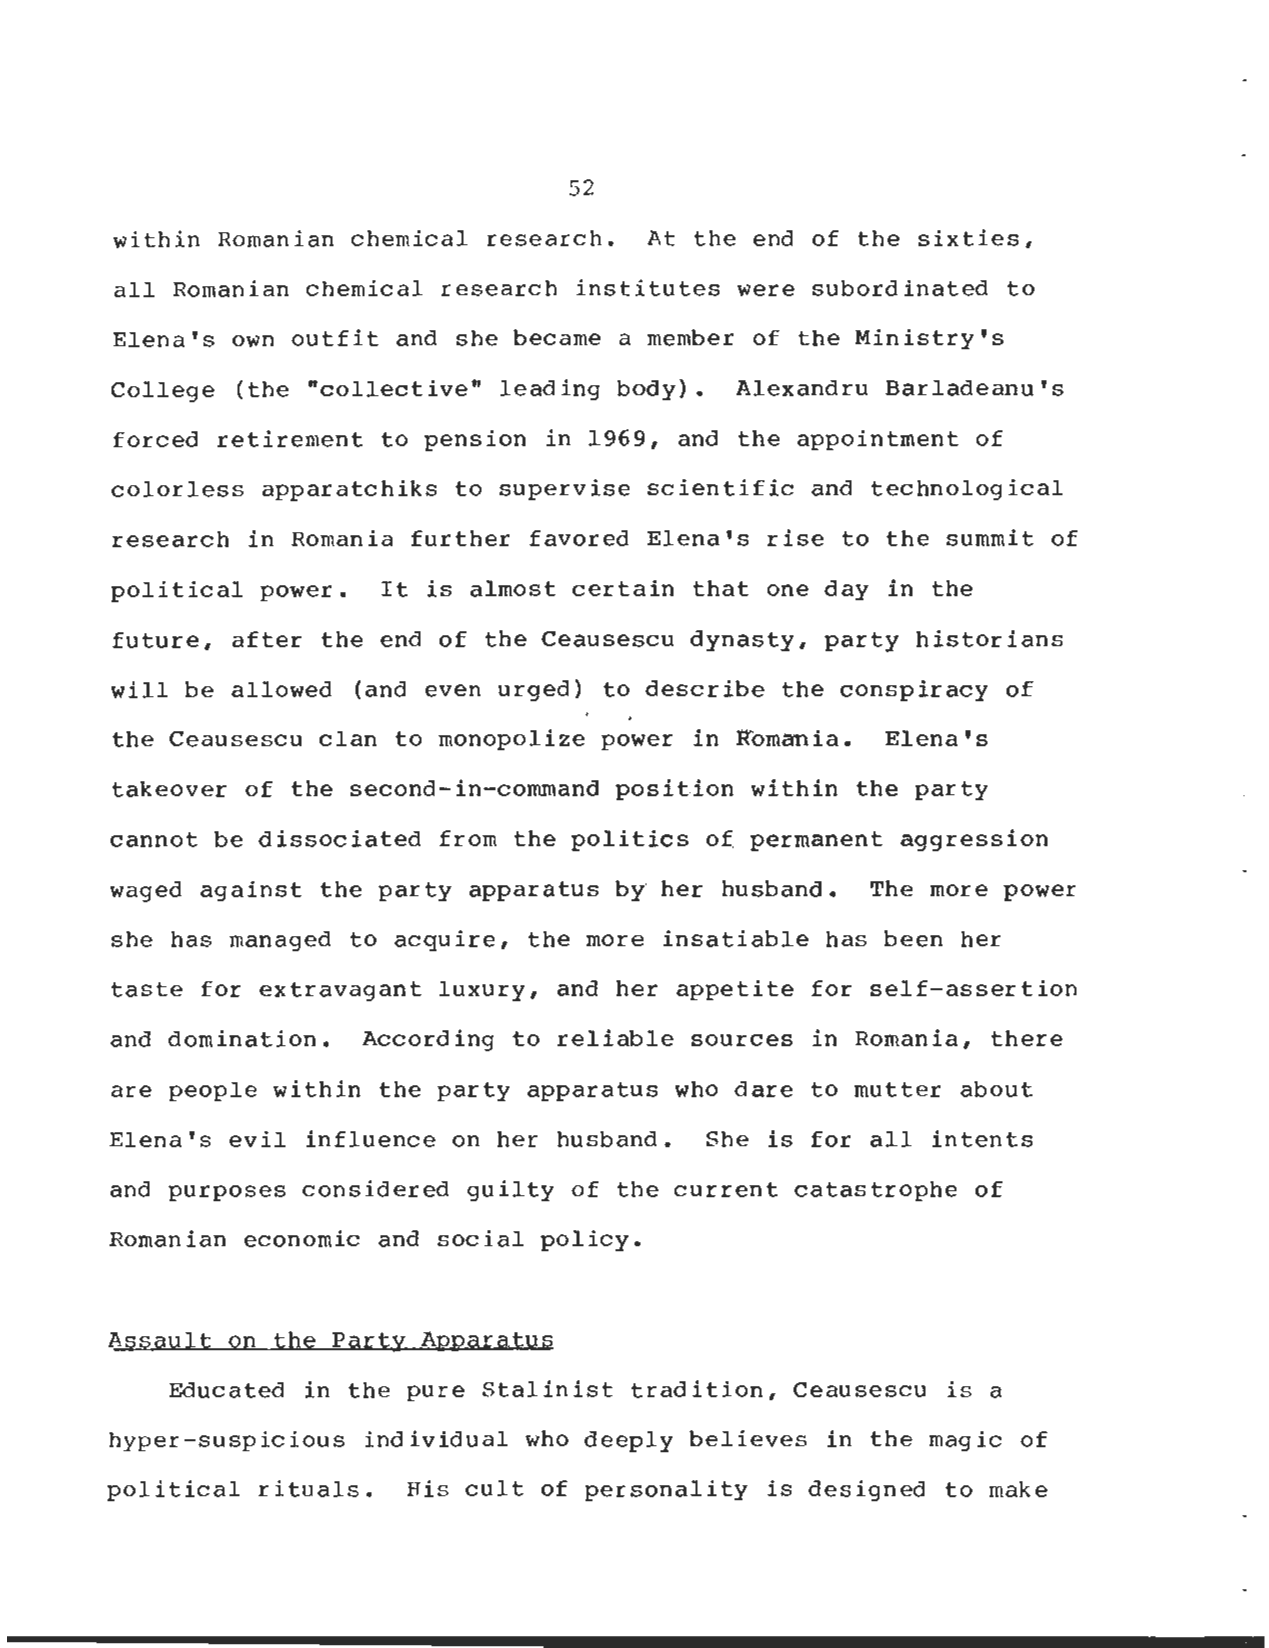
52
 within Romanian chemical research . At the end of the sixties ,
 all Romanian chemical research institutes were subordinated t o
 Elena's own outfit and she became a member of the Ministry' s
 College (the "collective" leading body) . Alexandru Barladeanu' s
 forced retirement to pension in 1969, and the appointment of
 colorless apparatchiks to supervise scientific and technological
 research in Romania further favored Elena's rise to the summit o f
 political power . It is almost certain that one day in th e
 future, after the end of the Ceausescu dynasty, party historian s
 will be allowed (and even urged) to describe the conspiracy of
 the Ceausescu clan to monopolize power in Romania . Elena' s
 takeover of the second-in-command position within the part y
 cannot be dissociated from the politics of permanent aggression
 waged against the party apparatus by her husband . The more power
 she has managed to acquire, the more insatiable has been her
 taste for extravagant luxury, and her appetite for self-assertio n
 and domination . According to reliable sources in Romania, ther e
 are people within the party apparatus who dare to mutter abou t
 Elena's evil influence on her husband . She is for all intent s
 and purposes considered guilty of the current catastrophe of
 Romanian economic and social policy .
 Assault on the Party Apparatu s
 Educated in the pure Stalinist tradition, Ceausescu is a
 hyper-suspicious individual who deeply believes in the magic o f
 political rituals . His cult of personality is designed to make